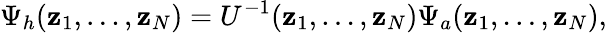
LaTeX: \Psi_{h}(\mathbf{z}_{1},\dots,\mathbf{z}_{N})=U^{-1}(\mathbf{z}_{1},\dots,\mathbf{z}_{N})\Psi_{a}(\mathbf{z}_{1},\dots,\mathbf{z}_{N}),